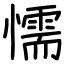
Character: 懦